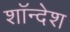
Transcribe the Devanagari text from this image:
शॉन्देश